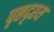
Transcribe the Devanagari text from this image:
पृष्ठदृश्य